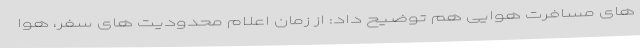
های مسافرت هوایی هم توضیح داد: از زمان اعلام محدودیت های سفر، هوا